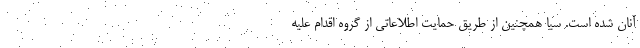
آنان شده است. سیا همچنین از طریق حمایت اطلاعاتی از گروه اقدام علیه